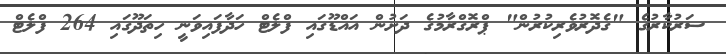
ސަރުކާރުގެ "ގެދޮރުވެރިކުރުން" ޕްރޮގްރާމުގެ ދަށުން އައްޑޫގައި ފްލެޓް ހަދާފައިވަނީ ހިތަދޫގައި 264 ފްލެޓް